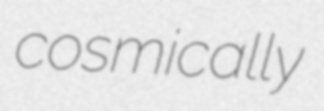
cosmically